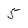
Character: 5